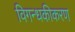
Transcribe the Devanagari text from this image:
विगन्धकीकरण